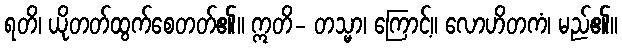
ရတိ၊ ယိုတတ်ထွက်စေတတ်၏။ ဣတိ- တသ္မာ၊ ကြောင့်။ လောဟိတကံ၊ မည်၏။